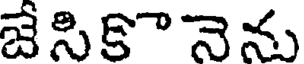
జేసికొనెను